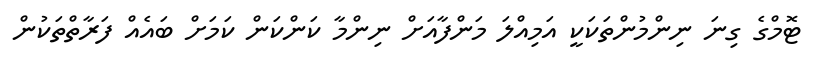
ޓޮމްގެ ގިނަ ނިންމުންތަކަކީ އަމިއްލަ މަންފާއަށް ނިންމާ ކަންކަން ކަމަށް ބައެއް ފަރާތްތަކުން